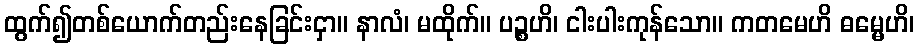
ထွက်၍တစ်ယောက်တည်းနေခြင်းငှာ။ နာလံ၊ မထိုက်။ ပဉ္စဟိ၊ ငါးပါးကုန်သော။ ကတမေဟိ ဓမ္မေဟိ၊